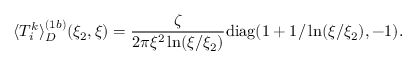
\langle T _ { i } ^ { k } \rangle _ { D } ^ { ( 1 b ) } ( \xi _ { 2 } , \xi ) = \frac { \zeta } { 2 \pi \xi ^ { 2 } \ln ( \xi / \xi _ { 2 } ) } { \mathrm { d i a g } } ( 1 + 1 / \ln ( \xi / \xi _ { 2 } ) , - 1 ) .